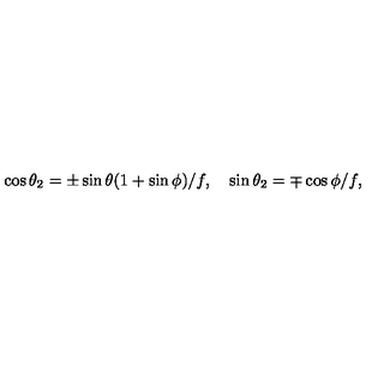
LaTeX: \cos { \theta _ { 2 } } = \pm \sin { \theta } ( 1 + \sin { \phi } ) / f , \quad \sin { \theta _ { 2 } } = \mp \cos { \phi } / f ,